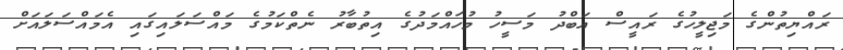
ރައްޔިތުންގެ މަޖިލީހުގެ ރައީސް އަބްދު މަސީހު މުހައްމަދުގެ އިތުބާރު ނެތްކަމުގެ މައްސަލައިގައި އެމައްސަލައަށް